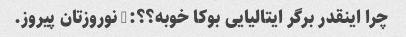
چرا اینقدر برگر ایتالیایی بوکا خوبه؟؟:) نوروزتان پیروز.